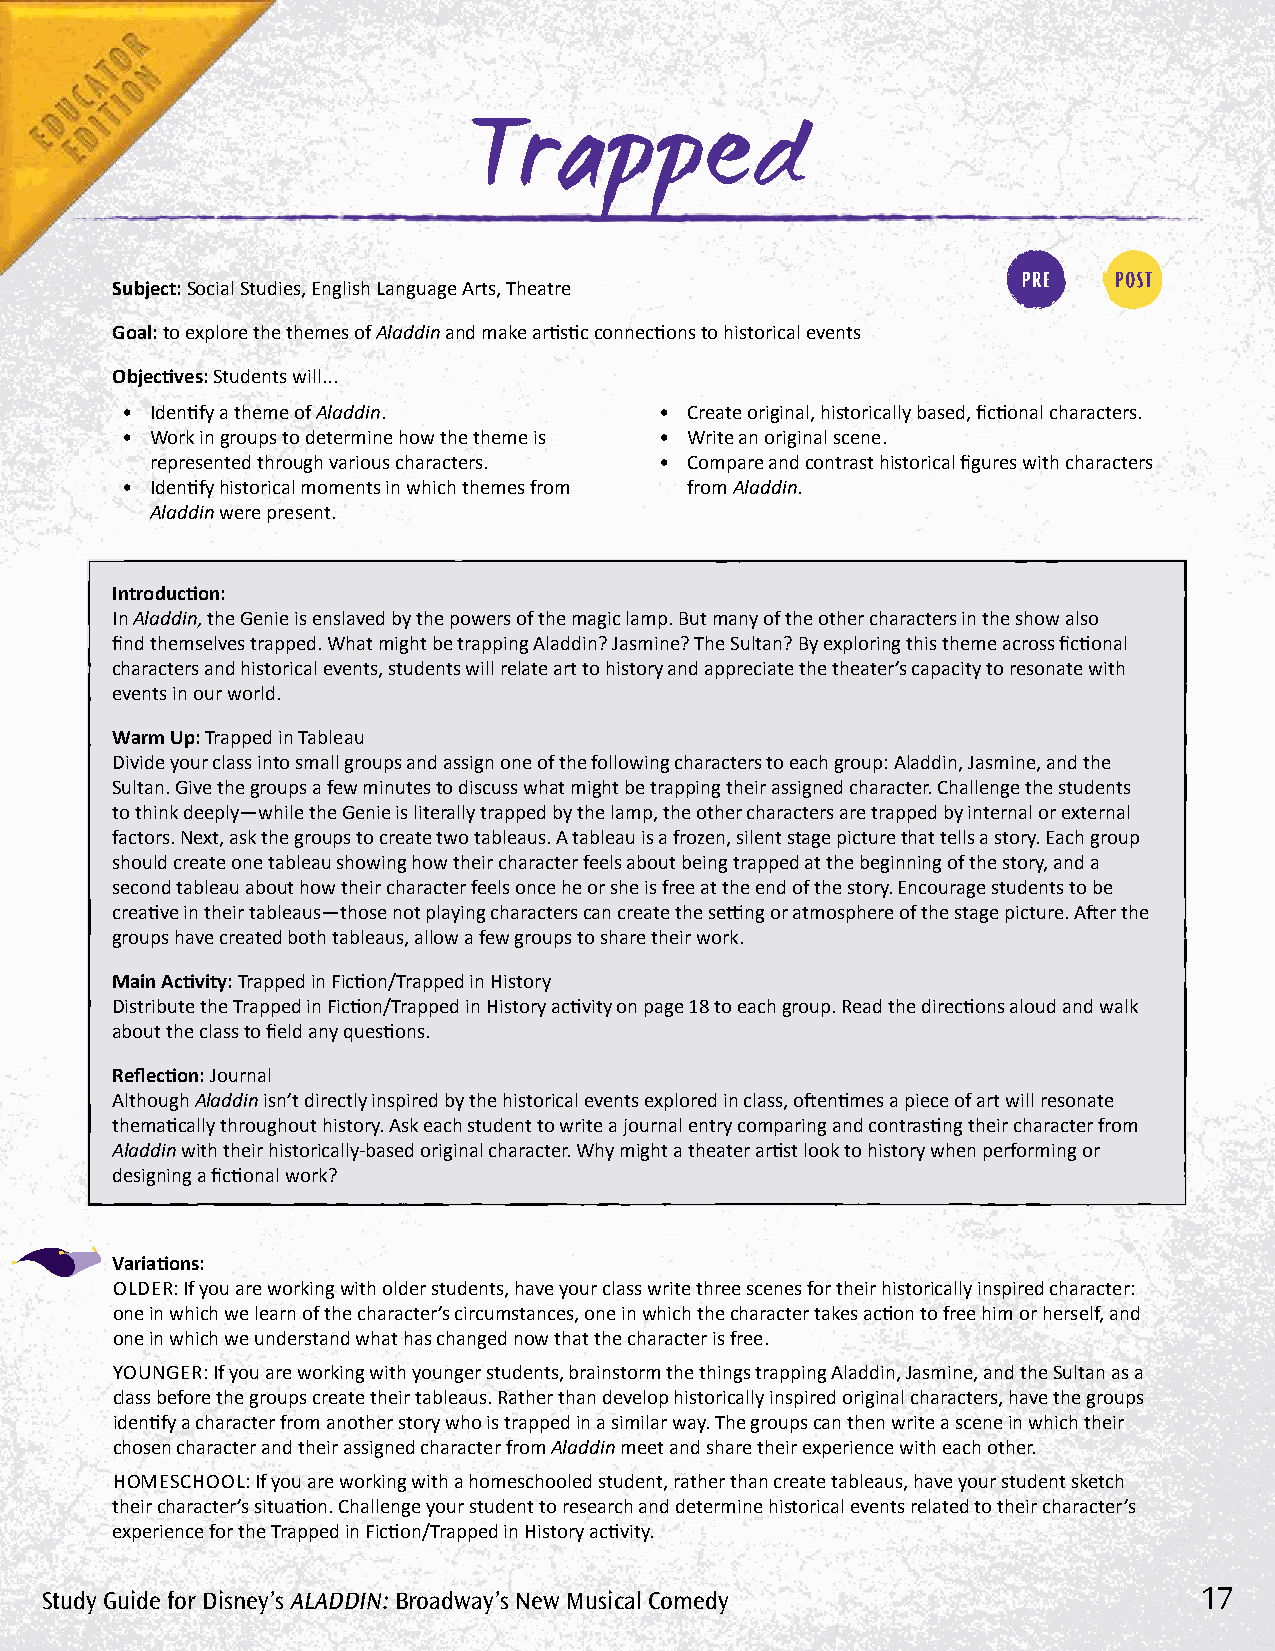
Trapped
 Subject: Social Studies, English Language Arts, Theatre
 Goal: to explore the themes of Aladdin and make artistic connections to historical events
 Objectives: Students will...
 • Identify a theme of Aladdin.      • Create original, historically based, fictional characters.
 • Work in groups to determine how the theme is • Write an original scene.
 represented through various characters. • Compare and contrast historical figures with characters
 • Identify historical moments in which themes from from Aladdin.
 Aladdin were present.
 Introduction:
 In Aladdin, the Genie is enslaved by the powers of the magic lamp. But many of the other characters in the show also
 find themselves trapped. What might be trapping Aladdin? Jasmine? The Sultan? By exploring this theme across fictional
 characters and historical events, students will relate art to history and appreciate the theater’s capacity to resonate with
 events in our world.
 Warm Up: Trapped in Tableau
 Divide your class into small groups and assign one of the following characters to each group: Aladdin, Jasmine, and the
 Sultan. Give the groups a few minutes to discuss what might be trapping their assigned character. Challenge the students
 to think deeply—while the Genie is literally trapped by the lamp, the other characters are trapped by internal or external
 factors. Next, ask the groups to create two tableaus. A tableau is a frozen, silent stage picture that tells a story. Each group
 should create one tableau showing how their character feels about being trapped at the beginning of the story, and a
 second tableau about how their character feels once he or she is free at the end of the story. Encourage students to be
 creative in their tableaus—those not playing characters can create the setting or atmosphere of the stage picture. After the
 groups have created both tableaus, allow a few groups to share their work.
 Main Activity: Trapped in Fiction/Trapped in History
 Distribute the Trapped in Fiction/Trapped in History activity on page 18 to each group. Read the directions aloud and walk
 about the class to field any questions.
 Reflection: Journal
 Although Aladdin isn’t directly inspired by the historical events explored in class, oftentimes a piece of art will resonate
 thematically throughout history. Ask each student to write a journal entry comparing and contrasting their character from
 Aladdin with their historically-based original character. Why might a theater artist look to history when performing or
 designing a fictional work?
 Variations:
 OLDER: If you are working with older students, have your class write three scenes for their historically inspired character:
 one in which we learn of the character’s circumstances, one in which the character takes action to free him or herself, and
 one in which we understand what has changed now that the character is free.
 YOuNGER: If you are working with younger students, brainstorm the things trapping Aladdin, Jasmine, and the Sultan as a
 class before the groups create their tableaus. Rather than develop historically inspired original characters, have the groups
 identify a character from another story who is trapped in a similar way. The groups can then write a scene in which their
 chosen character and their assigned character from Aladdin meet and share their experience with each other.
 HOMESCHOOL: If you are working with a homeschooled student, rather than create tableaus, have your student sketch
 their character’s situation. Challenge your student to research and determine historical events related to their character’s
 experience for the Trapped in Fiction/Trapped in History activity.
 Study Guide for Disney’s AlADDin: Broadway’s new Musical Comedy             17